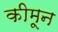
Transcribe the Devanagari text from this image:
कीमून